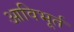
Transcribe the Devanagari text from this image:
आविभूर्त